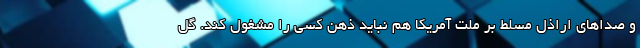
و صداهای اراذل مسلط بر ملت آمریکا هم نباید ذهن کسی را مشغول کند. گل